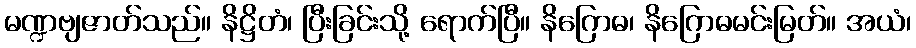
မဏ္ဍဗျဇာတ်သည်။ နိဋ္ဌိတံ၊ ပြီးခြင်းသို့ ရောက်ပြီ။ နိဂြောဓ၊ နိဂြောဓမင်းမြတ်။ အယံ၊